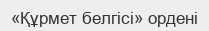
«Құрмет белгісі» ордені